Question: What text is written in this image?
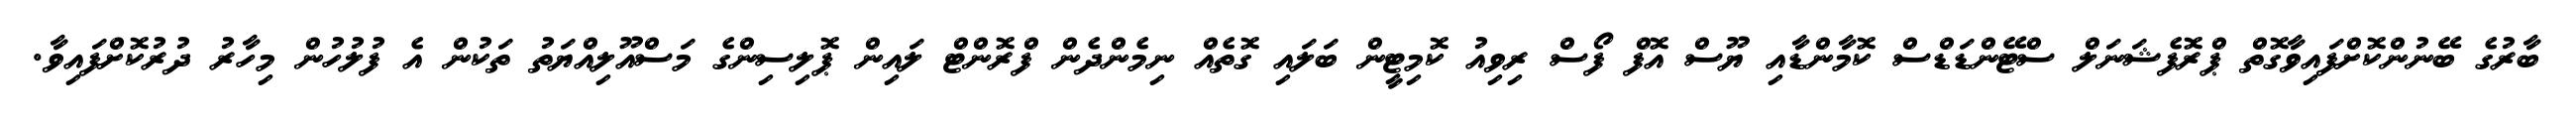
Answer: ބާރުގެ ބޭނުންކޮށްފައިވާގޮތް ޕްރޮފެޝަނަލް ސްޓޭންޑަޑްސް ކޮމާންޑާއި ޔޫސް އޮފް ފޯސް ރިވިއު ކޮމިޓީން ބަލައި ގޮތެއް ނިމެންދެން ފްރޮންޓް ލައިން ޕޮލިސިންގެ މަސްއޫލިއްޔަތު ތަކުން އެ ފުލުހުން މިހާރު ދުރުކޮށްފައިވާ.